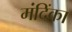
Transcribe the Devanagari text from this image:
मंदिंका